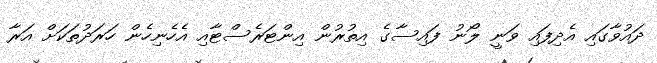
ދައުވާގައި އެދިފައި ވަނީ ލޯނު ފައިސާގެ އިތުރުން އިންޓަރެސްޓާއި އެހެނިހެން ހަރަދުތަކަށް އަރާ